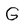
Character: G